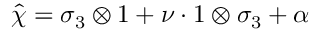
\widehat { \chi } = \sigma _ { 3 } \otimes 1 + \nu \cdot 1 \otimes \sigma _ { 3 } + \alpha